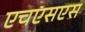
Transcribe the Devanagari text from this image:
एचएसएस